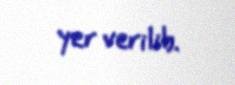
yer verilib.